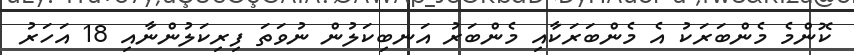
ކޮންމެ މެންބަރަކު އެ މެންބަރަކާއި މެންބަރު އަނބިކަލުން ނުވަތަ ފިރިކަލުންނާއި 18 އަހަރު